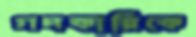
গদকারিকে